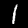
Digit: 1